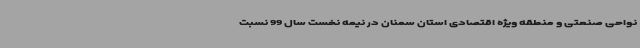
نواحی صنعتی و منطقه ویژه اقتصادی استان سمنان در نیمه نخست سال 99 نسبت